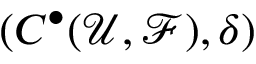
( C ^ { \bullet } ( { \mathcal { U } } , { \mathcal { F } } ) , \delta )